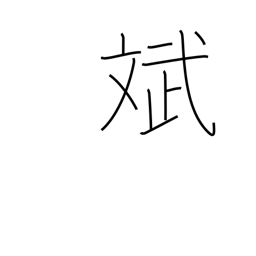
Meaning: harmony of appearance